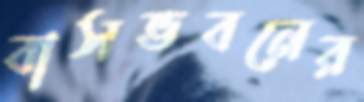
বাসভবনের